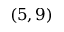
( 5 , 9 )